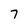
Character: 7